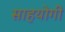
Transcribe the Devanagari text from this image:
साहयोगी